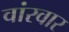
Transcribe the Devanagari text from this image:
वांरवार